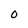
Character: O